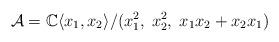
LaTeX: \begin{align*}\mathcal{A} = \mathbb{C}\langle x_1,x_2 \rangle/(x_1^2,\;x_2^2,\; x_1x_2+x_2x_1)\end{align*}